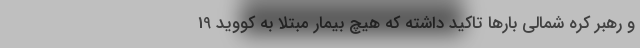
و رهبر کره شمالی بارها تاکید داشته که هیچ بیمار مبتلا به کووید 19